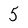
Character: 5